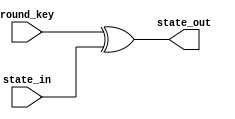
module add_round_key
(
    input wire [127:0] round_key,
    input wire [127:0] state_in,
    output wire [127:0] state_out
	);
	
	
	
 assign state_out=round_key^state_in;

	
	
	
endmodule